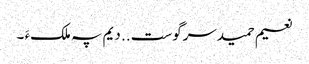
نعیم حمیدسرگوست .. دیم پہ ملکءَ ۔